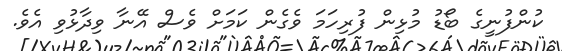
ކުންފުނީގެ ބޯޑު މުޅިން ފުރިހަމަ ވެގެން ކަމަށް ވެސް އޭނާ ވިދާޅުވި އެވެ.